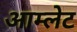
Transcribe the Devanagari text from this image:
आम्‍लेट